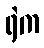
ရဲက